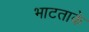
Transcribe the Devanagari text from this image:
भाटताके